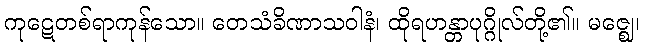
ကုဋေတစ်ရာကုန်သော။ တေသံခိဏာသဝါနံ၊ ထိုရဟန္တာပုဂ္ဂိုလ်တို့၏။ မဇ္ဈေ၊